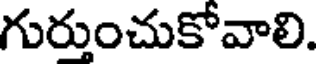
గురుంచుకోవాలి.